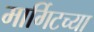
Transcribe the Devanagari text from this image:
मार्गिटच्या